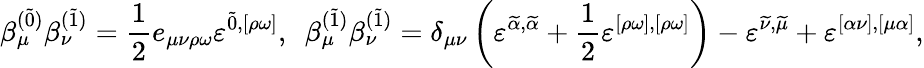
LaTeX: \beta_{\mu}^{(\widetilde{0})}\beta_{\nu}^{(\widetilde{1})}=\frac{1}{2}e_{\mu\nu\rho\omega}\varepsilon^{\widetilde{0},[\rho\omega]},~~\beta_{\mu}^{(\widetilde{1})}\beta_{\nu}^{(\widetilde{1})}=\delta_{\mu\nu}\left(\varepsilon^{\widetilde{\alpha},\widetilde{\alpha}}+\frac{1}{2}\varepsilon^{[\rho\omega],[\rho\omega]}\right)-\varepsilon^{\widetilde{\nu},\widetilde{\mu}}+\varepsilon^{[\alpha\nu],[\mu\alpha]},